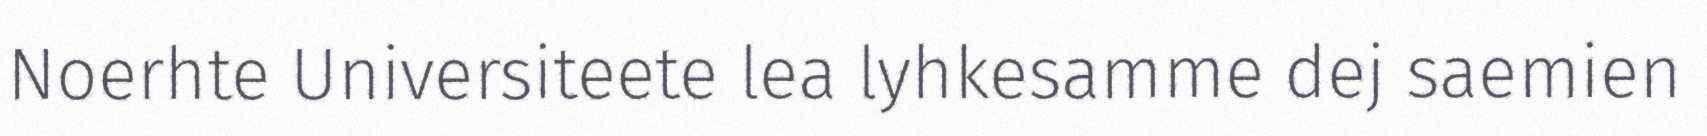
Noerhte Universiteete lea lyhkesamme dej saemien